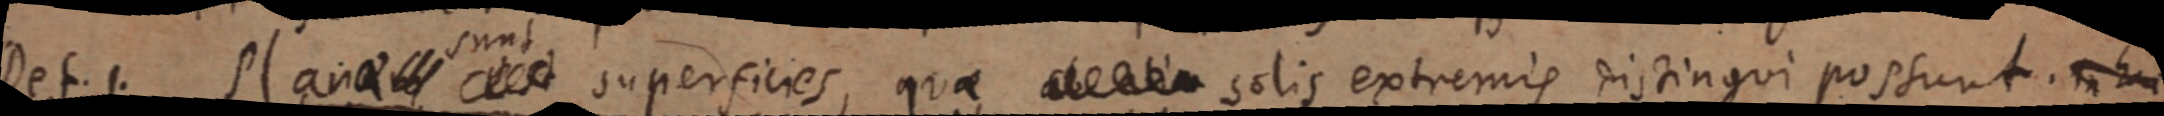
Def. 1. Planae _ sunt _ superficies, quae _ solis extremis distingui possunt. in hac